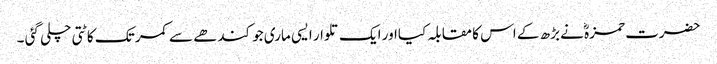
حضرت حمزہؓ نے بڑھ کے اس کا مقابلہ کیااور ایک تلوار ایسی ماری جو کندھے سے کمر تک کاٹتی چلی گئی ۔